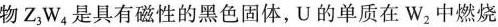
物Z_{3|W_{4|是具有磁性的黑色固体，U的单质在W_{2}中燃烧